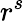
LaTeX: r^{s}